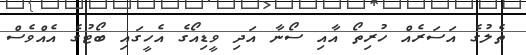
ތެލުގެ އަސަރެއް ހުރިތޯ އާއި ސޯނާ އަދި ވީޑިއޯގެ އެހީގައި ބޯޓުގެ އެއްވެސް